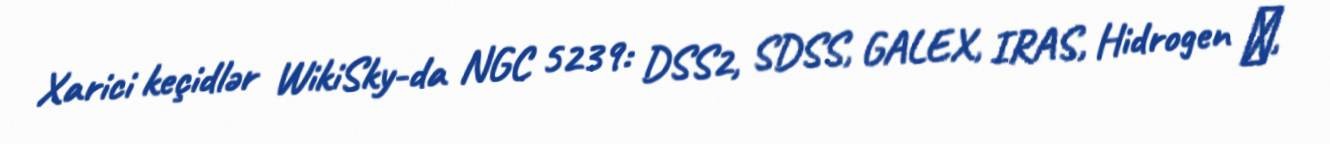
Xarici keçidlər WikiSky-da NGC 5239: DSS2, SDSS, GALEX, IRAS, Hidrogen α,